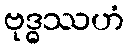
ဗုဒ္ဓဿဟံ